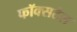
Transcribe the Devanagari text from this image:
फॉक्‍सटेल